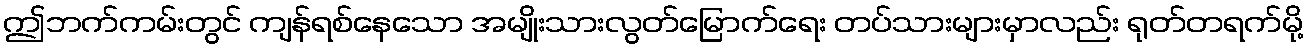
ဤဘက်ကမ်းတွင် ကျန်ရစ်နေသော အမျိုးသားလွတ်မြောက်ရေး တပ်သားများမှာလည်း ရုတ်တရက်မို့